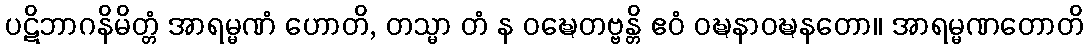
ပဋိဘာဂနိမိတ္တံ အာရမ္မဏံ ဟောတိ, တသ္မာ တံ န ဝဍ္ဎေတဗ္ဗန္တိ ဧဝံ ဝဍ္ဎနာဝဍ္ဎနတော။ အာရမ္မဏတောတိ